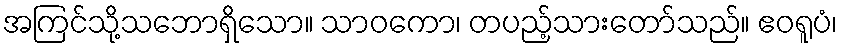
အကြင်သို့သဘောရှိသော။ သာဝကော၊ တပည့်သားတော်သည်။ ဧဝရူပံ၊